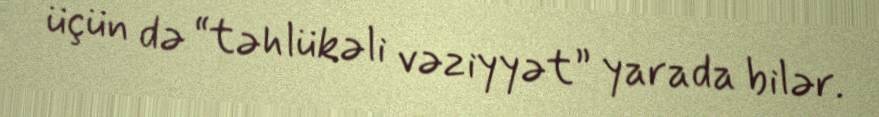
üçün də “təhlükəli vəziyyət” yarada bilər.